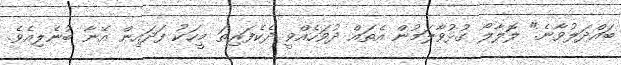
ބައްދަލުވާނެ." ލޮލާލޯ ގުޅުވާލަމުން އެތައް ދުވަހެއްވީ ދެކެފަރިތަ މީހަކު ފަދައިން އޭނާ ބުނެލިއެވެ.